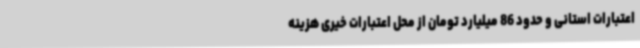
اعتبارات استانی و حدود 86 میلیارد تومان از محل اعتبارات خیری هزینه